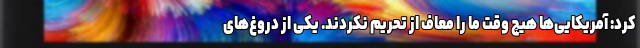
کرد: آمریکایی‌ها هیچ وقت ما را معاف از تحریم نکردند. یکی از دروغ‌های